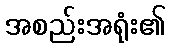
အစည်းအရုံး၏